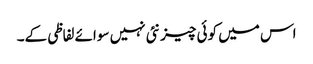
اس میں کوئی چیز نئی نہیں سوائے لفاظی کے۔